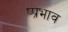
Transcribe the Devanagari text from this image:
ष्प्रभाव